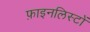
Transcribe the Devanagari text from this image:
फ़ाइनलिस्टों